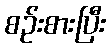
စဉ်းစားပြီး